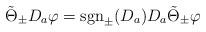
LaTeX: \begin{align*}\tilde{\Theta}_\pm D_a\varphi={\rm sgn}_\pm(D_a)D_a\tilde{\Theta}_\pm \varphi\end{align*}